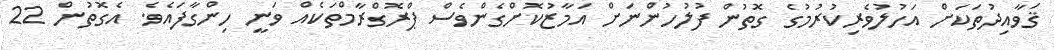
ޤަވާއިދުތަކަށް އަހުލުވެރިކުރުމުގެ ގޮތުން ފުލުހުންނަށް އަމާޒުކޮށްގެންވެސް ޕްރޮގްރާމްތަކެއް ވަނީ ހިންގާފައެވެ. އެގޮތުން 22